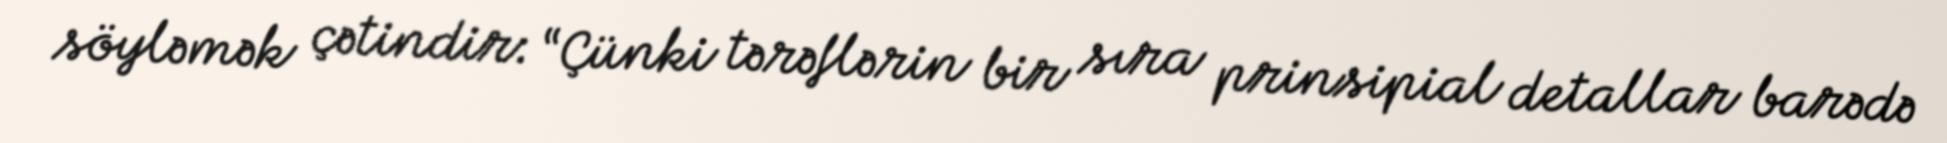
söyləmək çətindir: “Çünki tərəflərin bir sıra prinsipial detallar barədə